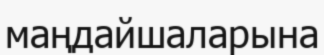
маңдайшаларына